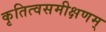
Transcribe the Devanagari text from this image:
कृतित्वसमीक्षणम्